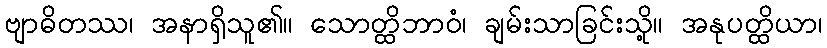
ဗျာဓိတဿ၊ အနာရှိသူ၏။ သောတ္ထိဘာဝံ၊ ချမ်းသာခြင်းသို့။ အနုပတ္ထိယာ၊